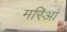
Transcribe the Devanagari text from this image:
मरिआ